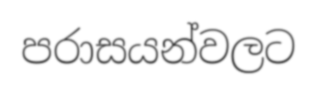
පරාසයන්වලට